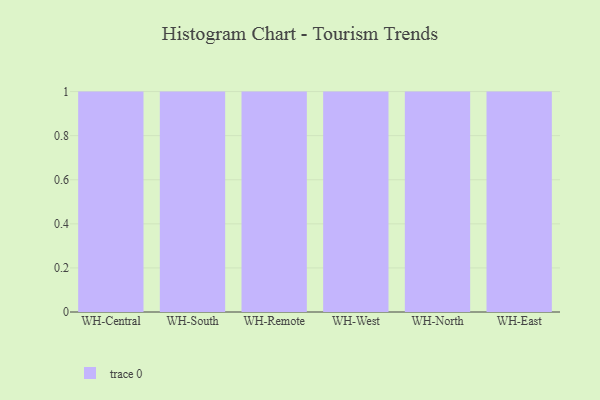
{"axis": {"x": "Warehouse", "y": "Gross Profit (USD K)"}, "legend": [""], "data": [{"x": "WH-Central", "y": 21, "type": ""}, {"x": "WH-South", "y": 44, "type": ""}, {"x": "WH-Remote", "y": 61, "type": ""}, {"x": "WH-West", "y": 96, "type": ""}, {"x": "WH-North", "y": 17, "type": ""}, {"x": "WH-East", "y": 42, "type": ""}]}